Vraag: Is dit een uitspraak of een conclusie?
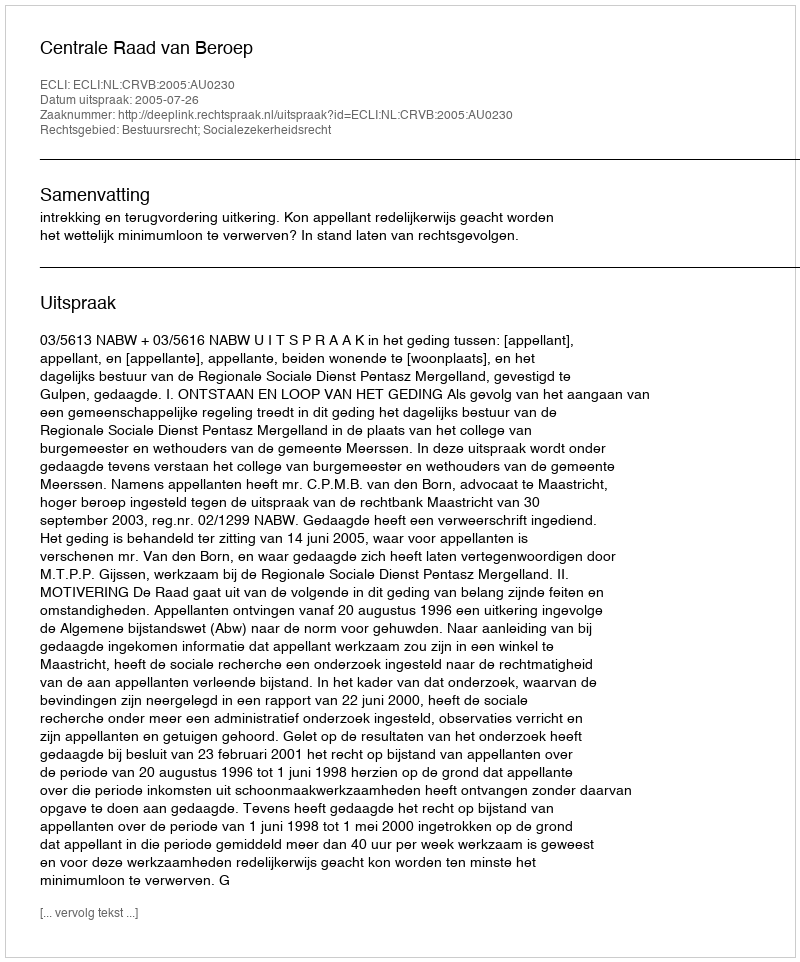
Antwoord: Uitspraak